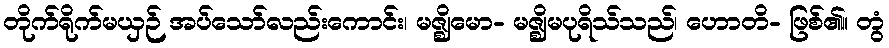
တိုက်ရိုက်မယှဉ် အပ်သော်လည်းကောင်း၊ မဇ္ဈိမော- မဇ္ဈိမပုရိသ်သည်၊ ဟောတိ- ဖြစ်၏။ တွံ